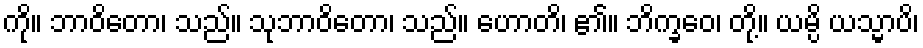
ကို။ ဘာဝိတော၊ သည်။ သုဘာဝိတော၊ သည်။ ဟောတိ၊ ၏။ ဘိက္ခဝေ၊ တို့။ ယမ္ပိ ယသ္မာပိ၊